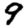
Digit: 9